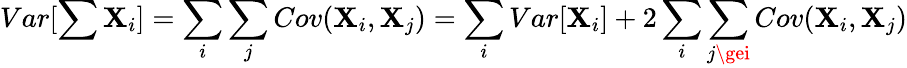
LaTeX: Var[\sum\mathbf{X}_{i}]=\sum_{i}\sum_{j}Cov(\mathbf{X}_{i},\mathbf{X}_{j})=\sum_{i}Var[\mathbf{X}_{i}]+2\sum_{i}\sum_{j\gei}Cov(\mathbf{X}_{i},\mathbf{X}_{j})